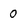
Character: o